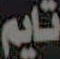
تايم